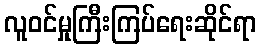
လူဝင်မှုကြီးကြပ်ရေးဆိုင်ရာ